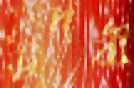
উদরী